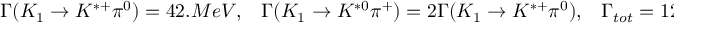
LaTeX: \Gamma ( K _ { 1 } \rightarrow K ^ { * + } \pi ^ { 0 } ) = 4 2 . M e V , \; \; \; \Gamma ( K _ { 1 } \rightarrow K ^ { * 0 } \pi ^ { + } ) = 2 \Gamma ( K _ { 1 } \rightarrow K ^ { * + } \pi ^ { 0 } ) , \; \; \; \Gamma _ { t o t } = 1 2 6 . M e V .